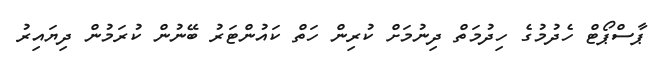
ޕާސްޕޯޓް ހެދުމުގެ ހިދުމަތް ދިނުމަށް ކުރިން ހަތް ކައުންޓަރު ބޭނުން ކުރަމުން ދިޔައިރު